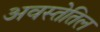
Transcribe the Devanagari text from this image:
अवस्तेतिल